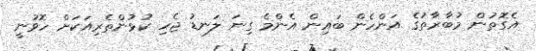
އެގޮތުން މުބާރާތުގެ އަންހެން ބައިން އެންމެ ގިނަ ލަނޑު ޖެހި ކުޅުންތެރިއަކަށް ހޮވުނީ